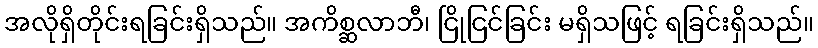
အလိုရှိတိုင်းရခြင်းရှိသည်။ အကိစ္ဆလာဘီ၊ ငြိုငြင်ခြင်း မရှိသဖြင့် ရခြင်းရှိသည်။